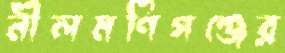
নীলমণিগঞ্জের